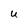
Character: U